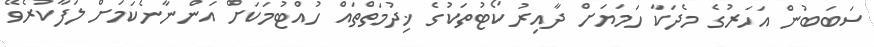
ސަބަބުން އަހަރުގެ މެދަކާ ހަމަޔަށް ދާއިރު ކޯޓުތަކުގެ ޚިދުމަތްތައް ހުއްޓުމަކަށް އަންނާނެކަމަށް ލަފާކުރެވޭ